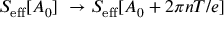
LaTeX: S _ { \mathrm { e f f } } [ A _ { 0 } ] ~ \rightarrow S _ { \mathrm { e f f } } [ A _ { 0 } + 2 \pi n T / e ]